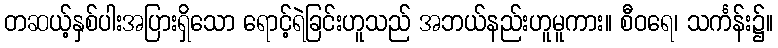
တဆယ့်နှစ်ပါးအပြားရှိသော ရောင့်ရဲခြင်းဟူသည် အဘယ်နည်းဟူမူကား။ စီဝရေ၊ သင်္ကန်း၌။